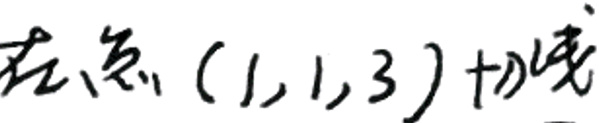
定点(1,1,3)的线